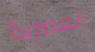
العصرية